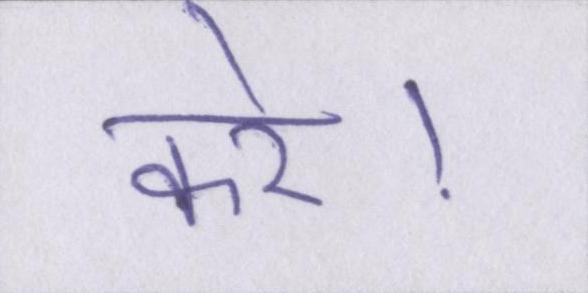
करे।